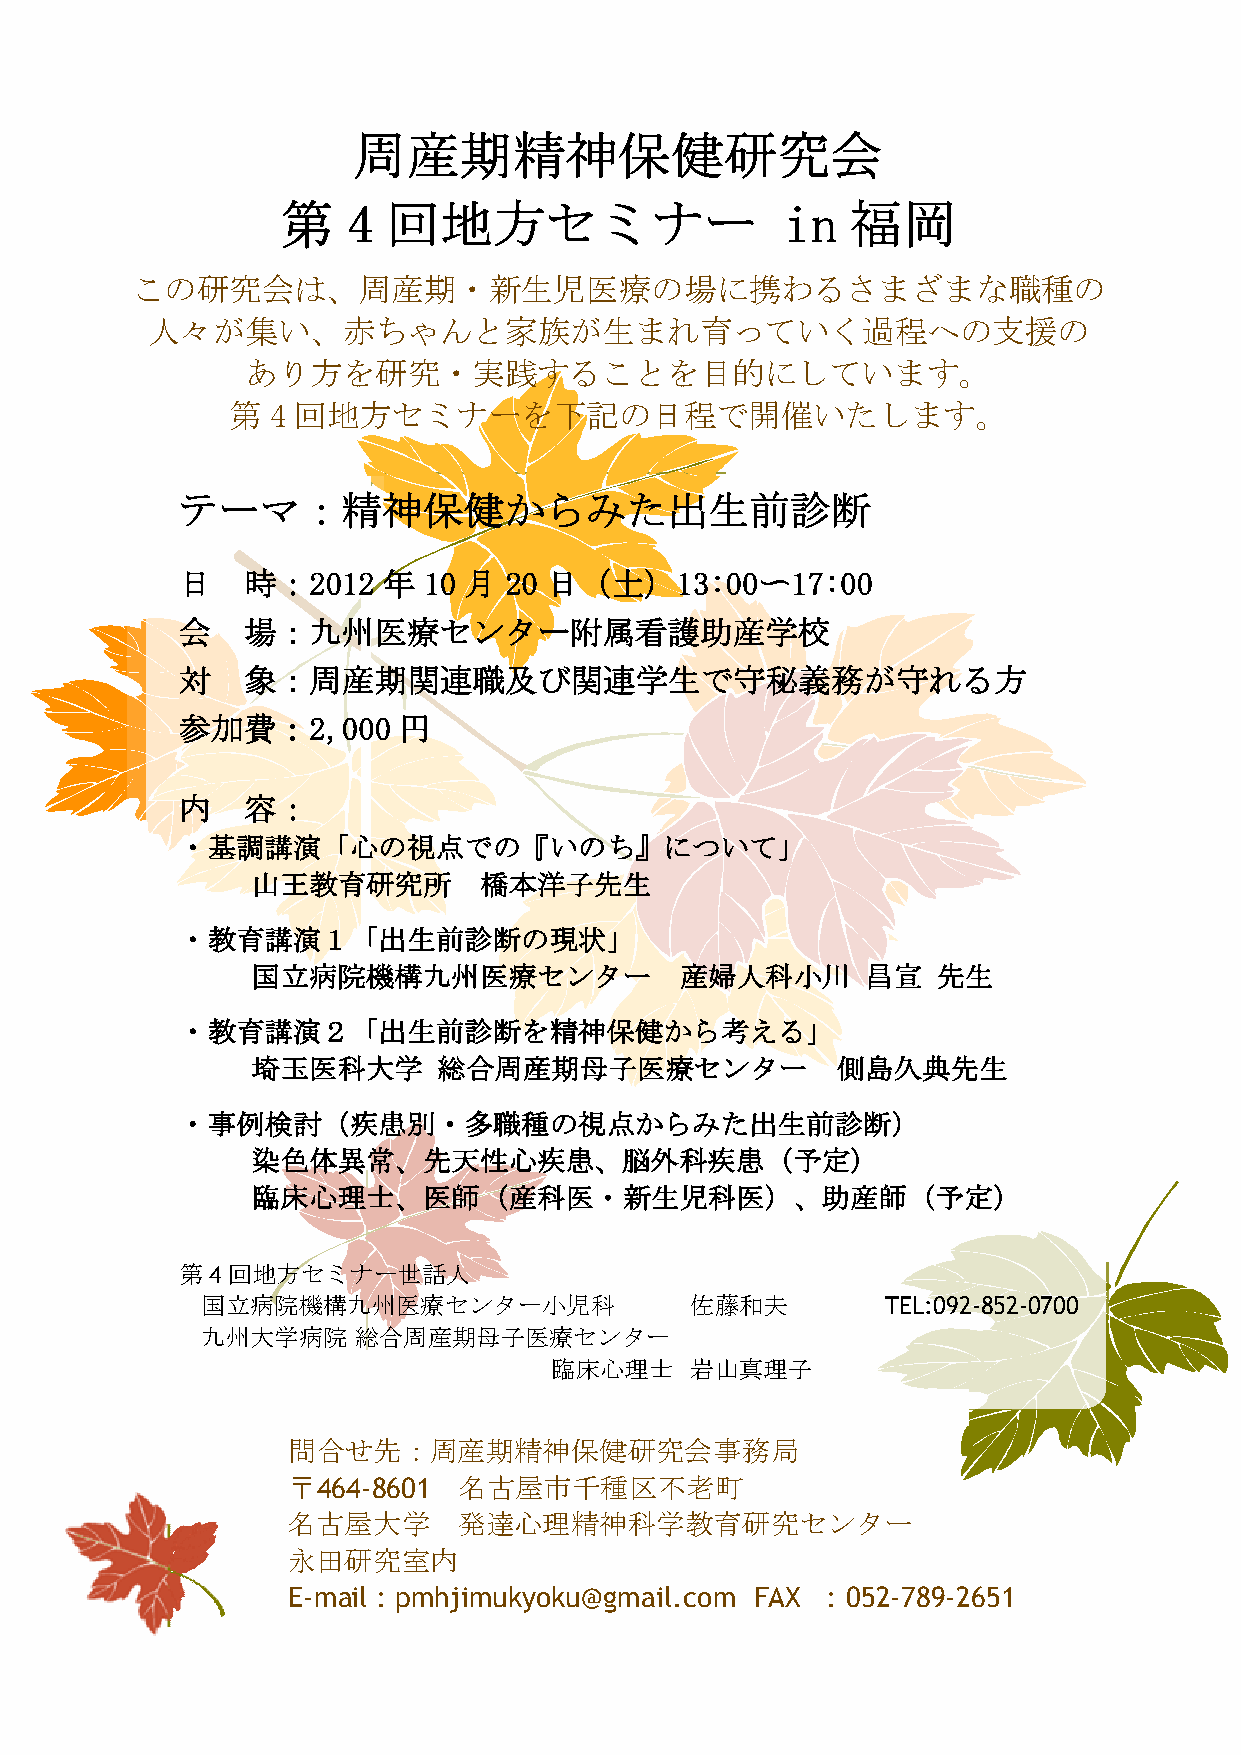
周産期精神保健研究会
 第   4  回地方セミ            ナー       in  福岡
 この研究会は、周産期・新生児医療の場に携わるさまざまな職種の
 人々が集い、赤ちゃんと家族が生                 まれ育っていく過程への支援の
 あり方を研究・実践することを目的にしています。
 第  4 回地方セミナーを下記の日程で開催いたします。
 テーマ：精神保健からみた出生前診断
 日   時：2012   年  10 月 20 日（土）13:00〜17:00
 会   場：九州医療センター附属看護助産学校
 対   象：周産期関連職及び関連学生で守秘義務が守れる方
 参加費：2,000     円
 内   容：
 ・基調講演「心の視点での『いのち』について」
 山王教育研究所        橋本洋子先生
 ・教育講演１「出生前診断の現状」
 国立病院機構九州医療センター              産婦人科小川      昌宣   先生
 ・教育講演２「出生前診断を精神保健から考える」
 埼玉医科大学      総合周産期母子医療センター             側島久典先生
 ・事例検討（疾患別・多職種の視点からみた出生前診断）
 染色体異常、先天性心疾患、脳外科疾患（予定）
 臨床心理士、医師（産科医・新生児科医）、助産師（予定）
 第4回地方セミナー世話人
 国立病院機構九州医療センター小児科                佐藤和夫         TEL:092-852-0700
 九州大学病院    総合周産期母子医療センター
 臨床心理士     岩山真理子
 問合せ先：周産期精神保健研究会事務局
 〒464-8601  名古屋市千種区不老町
 名古屋大学      発達心理精神科学教育研究センター
 永田研究室内
 E-mail : pmhjimukyoku@gmail.com FAX : 052-789-2651